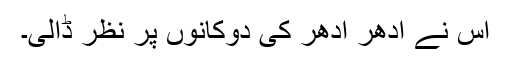
اس نے اِدھر اُدھر کی دوکانوں پر نظر ڈالی۔